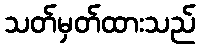
သတ်မှတ်ထားသည်